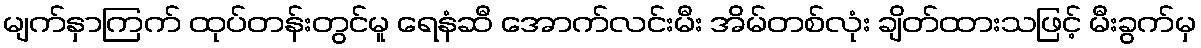
မျက်နှာကြက် ထုပ်တန်းတွင်မူ ရေနံဆီ အောက်လင်းမီး အိမ်တစ်လုံး ချိတ်ထားသဖြင့် မီးခွက်မှ